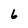
Character: 6